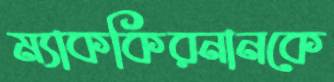
ম্যাককিরনানকে